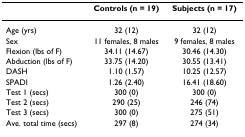
<table><thead><tr><td></td><td><b>Controls (n = 19)</b></td><td><b>Subjects (n = 17)</b></td></tr></thead><tbody><tr><td>Age (yrs)</td><td>32 (12)</td><td>32 (12)</td></tr><tr><td>Sex</td><td>11 females, 8 males</td><td>9 females, 8 males</td></tr><tr><td>Flexion (lbs of F)</td><td>34.11 (14.67)</td><td>30.46 (14.30)</td></tr><tr><td>Abduction (lbs of F)</td><td>33.75 (14.20)</td><td>30.55 (13.41)</td></tr><tr><td>DASH</td><td>1.10 (1.57)</td><td>10.25 (12.57)</td></tr><tr><td>SPADI</td><td>1.26 (2.40)</td><td>16.41 (18.60)</td></tr><tr><td>Test 1 (secs)</td><td>300 (0)</td><td>300 (0)</td></tr><tr><td>Test 2 (secs)</td><td>290 (25)</td><td>246 (74)</td></tr><tr><td>Test 3 (secs)</td><td>300 (0)</td><td>275 (51)</td></tr><tr><td>Ave. total time (secs)</td><td>297 (8)</td><td>274 (34)</td></tr></tbody></table>